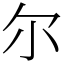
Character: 尔